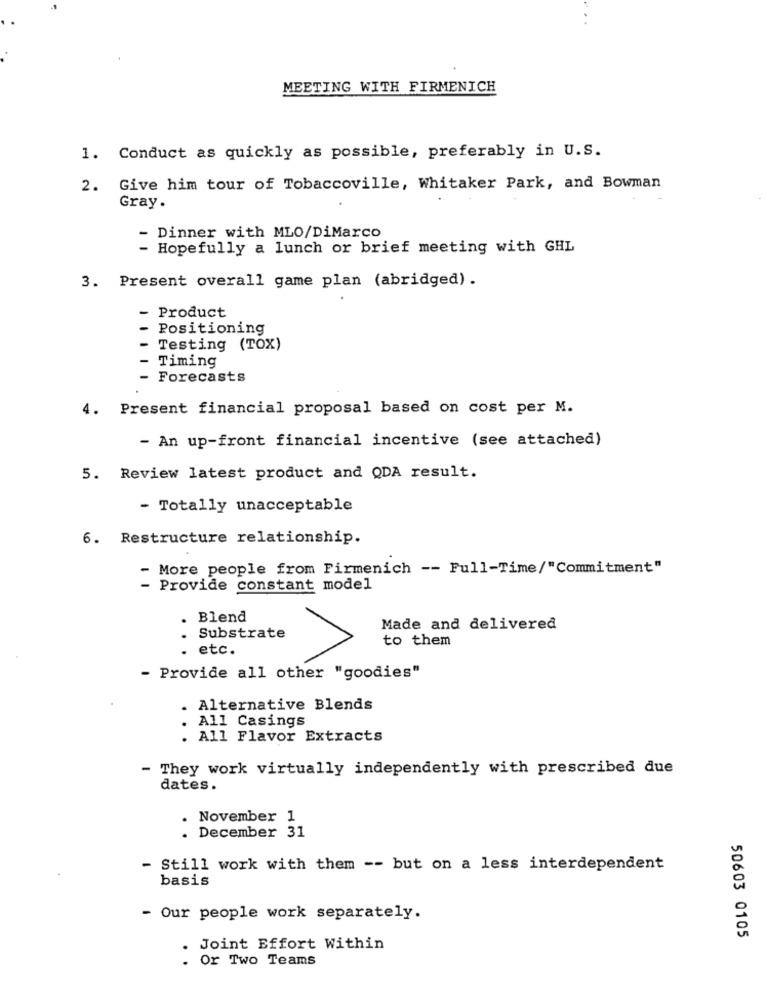
MEETING WITH FIRMENICH
1. Conduct as quickly as possible, preferably in U.S.
2. Give him tour of Tobaccoville, Whitaker Park, and Bowman
Gray.
- Dinner with MLO/DiMarco
- Hopefully a lunch or brief meeting with GHL
3. Present overall game plan (abridged) .
- Product
Positioning
Testing (TOX)
Timing
Forecasts
4. Present financial proposal based on cost per M.
- An up-front financial incentive (see attached)
5. Review latest product and QDA result.
- Totally unacceptable
6. Restructure relationship.
- More people from Firmenich -- Full-Time/"Commitment"
Provide constant model
Blend
Made and delivered
Substrate
to them
- etc.
- Provide all other "goodies"
. Alternative Blends
. All Casings
. All Flavor Extracts
- They work virtually independently with prescribed due
dates.
. November 1
. December 31
- Still work with them -- but on a less interdependent
basis
- Our people work separately.
50603 0105
. Joint Effort Within
. Or Two Teams